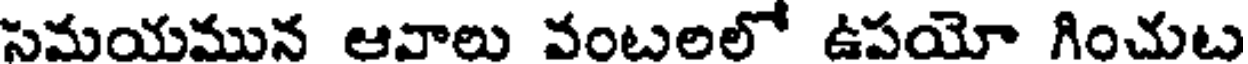
సమయమున ఆవాలు వంటలలో ఉపయో గించుట